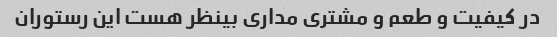
در کیفیت و طعم و مشتری مداری بینظر هست این رستوران